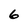
Character: 6